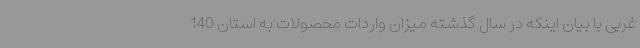
غربی با بیان اینکه در سال گذشته میزان واردات محصولات به استان 140